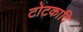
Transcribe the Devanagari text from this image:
टोटकादि